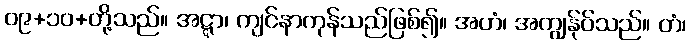
၀၉+၁၀+တို့သည်။ အဋ္ဋာ၊ ကျင်နာကုန်သည်ဖြစ်၍။ အဟံ၊ အကျွန်ုပ်သည်။ တံ၊